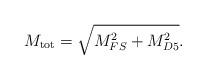
LaTeX: \begin{align*}M_{\rm tot}=\sqrt{M_{FS}^2+M_{D5}^2}.\end{align*}